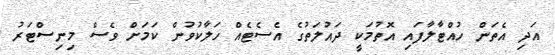
އަދި އެތަން ހުއްޓާލާފައި އޮތުމަކީ ދައުލަތުގެ އެސެޓެއް ހަލާކުވުން ކަމަށް ވެސް މިނިސްޓަރު